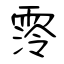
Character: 霗